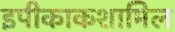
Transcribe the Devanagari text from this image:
इपीकाकशामिल